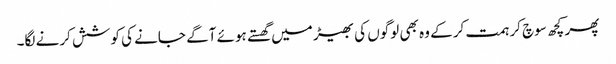
پھر کچھ سوچ کر ہمت کر کے وہ بھی لوگوں کی بھیڑ میں گھستے ہوئے آگے جانے کی کوشش کرنے لگا۔